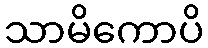
သာမိကောပိ